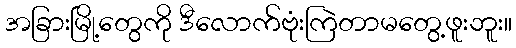
အခြားမြို့တွေကို ဒီလောက်ဗုံးကြဲတာမတွေ့ဖူးဘူး။